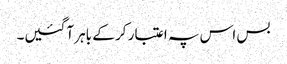
بس اس پہ اعتبار کر کے باہر آگئیں۔